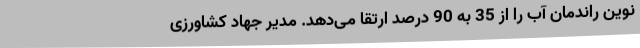
نوین راندمان آب را از 35 به 90 درصد ارتقا می‌دهد. مدیر جهاد کشاورزی